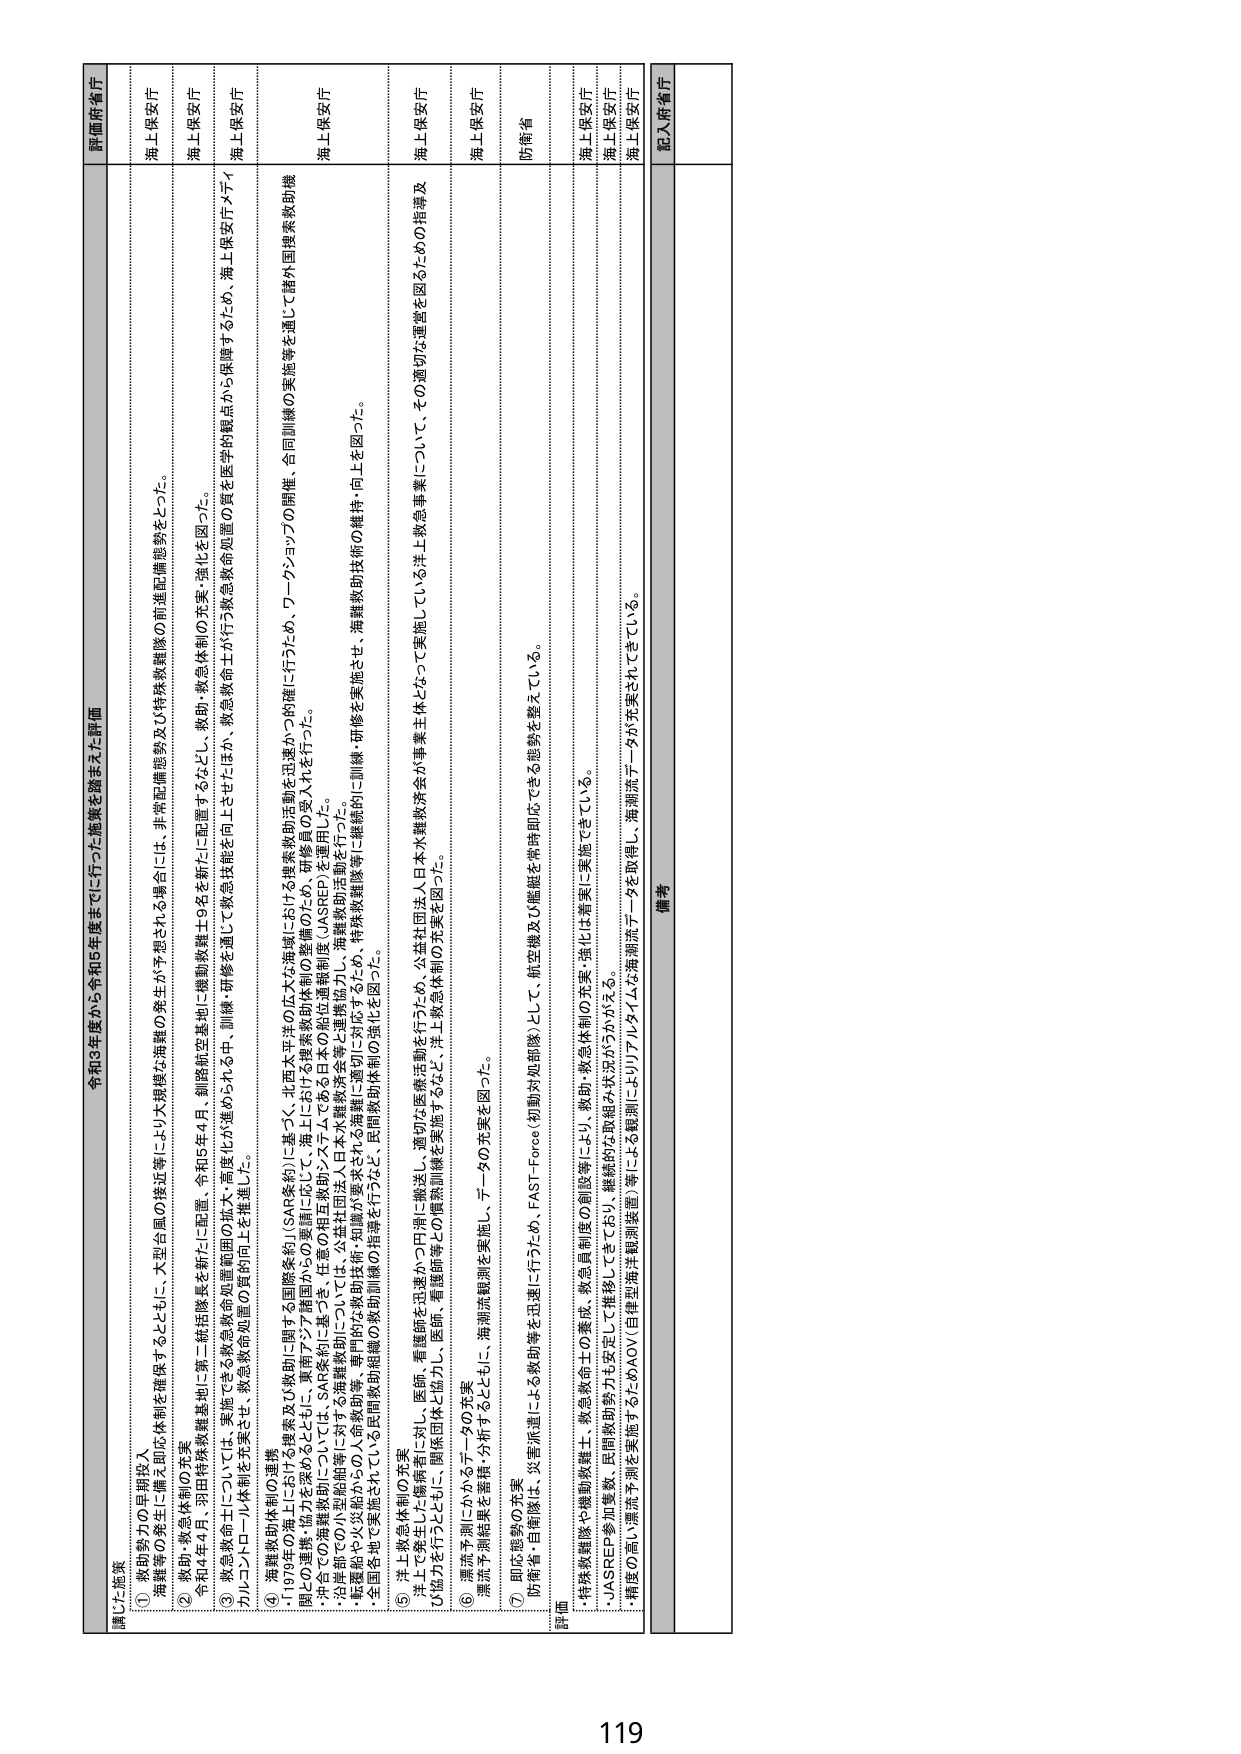
令和3年度から令和5年度までに行った施策を踏まえた評価

講じた施策

① 救助能力の早期投入
・海難等の発生に備え即応体制を確保するとともに、大型台風の接近等により大規模な海難の発生が予想される場合には、非常配備態勢をとった。

② 救助・救急体制の充実
・令和4年4月、羽田特殊救難基地に第二艇活動基を新たに配置。令和5年4月、釣路航空基地に機動捜索士9名を新たに配置するなどし、救助・救急体制の充実・強化を図った。
・救急医療にについては、要請できる救急救助対象国の拡大・高度化が進められる中、訓練・研修を通じて救急医療能力を向上させたほか、救急救命士が行う救急救助処置の質を医学的観点から保障するため、海上保安庁メディカルコントロール体制を充実させ、救急救命処置の質の向上を推進した。

③ 海難救助体制の選択
・1979年の海上における捜索及び救助に関する国際条約（SAR条約）に基づく、北西太平洋の広大な海域における捜索救助活動を迅速かつ的確に行うため、ワーキンググの開催、合同訓練の実施等を通じて諸外国捜索救助機関との連携・協力を深めるとともに、東南アジア諸国からの要請に応じて、海上における捜索救助体制の整備のため、研修員の受入れを行った。
・沖合での海難救助については、SAR条約に基づき、任意の相互救助システムである日本海難救助協定（JASREP）を運用した。
・沿岸部での小型船舶等に対する海難救助については、公益社団法人日本水難救助会等と連携協力し、海難救助活動を行った。
・転覆や火災等からの人命救助等、専門的な救助技術・知識が要求される海難に適切に対応するため、特殊救難隊等に継続的に訓練・研修を実施させ、海難救助技術の維持・向上を図った。
・全国各地で実施されている民間救助組織の救助訓練の指導を行うなど、民間救助体制の強化を図った。

④ 洋上救急体制の充実
・洋上で発生した海難患者に対し、医師・看護師を迅速かつ円滑に搬送し、適切な医療活動を行うため、公益社団法人日本水難救助会が事業主体となって実施している洋上救急事業について、その適切な運営を図るための指導及び協力を行うとともに、関係団体と協力し、医師・看護師等との連携体制を実施するとともに、洋上救急体制の充実を図った。

⑤ 漂流予測にかかるデータの充実
・漂流予測精度を維持・分析するとともに、海潮流観測を実施し、データの充実を図った。

⑥ 即応態勢の充実
・防衛省・自衛隊は、災害派遣による救助等を迅速に行うため、FAST-Force（初動対処部隊）として、航空機及び艦艇を常時即応できる態勢を整えている。

評価
・特殊救難隊や機動救助隊士、救急救命士の養成、救急員制度の創設等により、救助・救急体制の充実・強化は着実に実施できている。
・JASREP参加国数、民間救助協力も安定しており、継続的な取組み状況がうかがえる。
・精度の高い漂流予測を実施するためのAOV（自律型海洋観測装置）等による観測データを取得し、海潮流データが充実されてきている。

備考

記入係省庁

評価府省庁

海上保安庁
海上保安庁
海上保安庁
海上保安庁
海上保安庁
海上保安庁
防衛省
海上保安庁
海上保安庁
海上保安庁

119